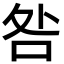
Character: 咎